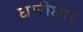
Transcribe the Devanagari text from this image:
धारीधार